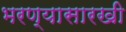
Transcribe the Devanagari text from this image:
भरण्यासारखी